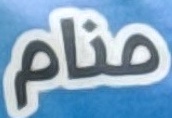
منام